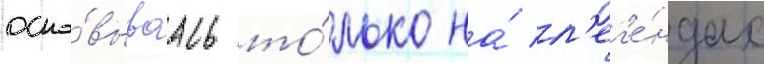
осно́вываась то́лько на́ л'ег'е́ндах